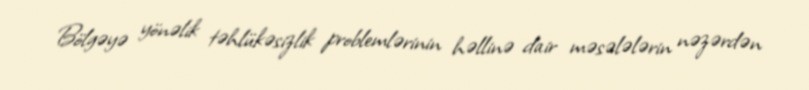
Bölgəyə yönəlik təhlükəsizlik problemlərinin həllinə dair məsələlərin nəzərdən